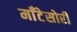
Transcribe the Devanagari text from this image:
माँटेसोरी